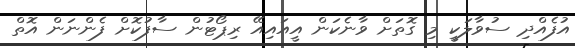
އުފެއްދި ސުވާލަކީ މި ގޮތަށް ވާނެކަން އީއައިއޭ ރިޕޯޓުން ސާފުކޮށް ފެންނަން އޮތް